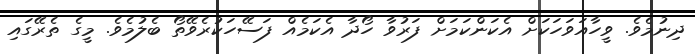
ދިނުމެވެ. ވީހާއަވަހަކަށް އެކަންކަމަށް ފަރުވާ ހޯދާ އެކަމެއް ފަސޭހަކުރެވޭތޯ ބެލުމެވެ. މީގެ ތެރޭގައި